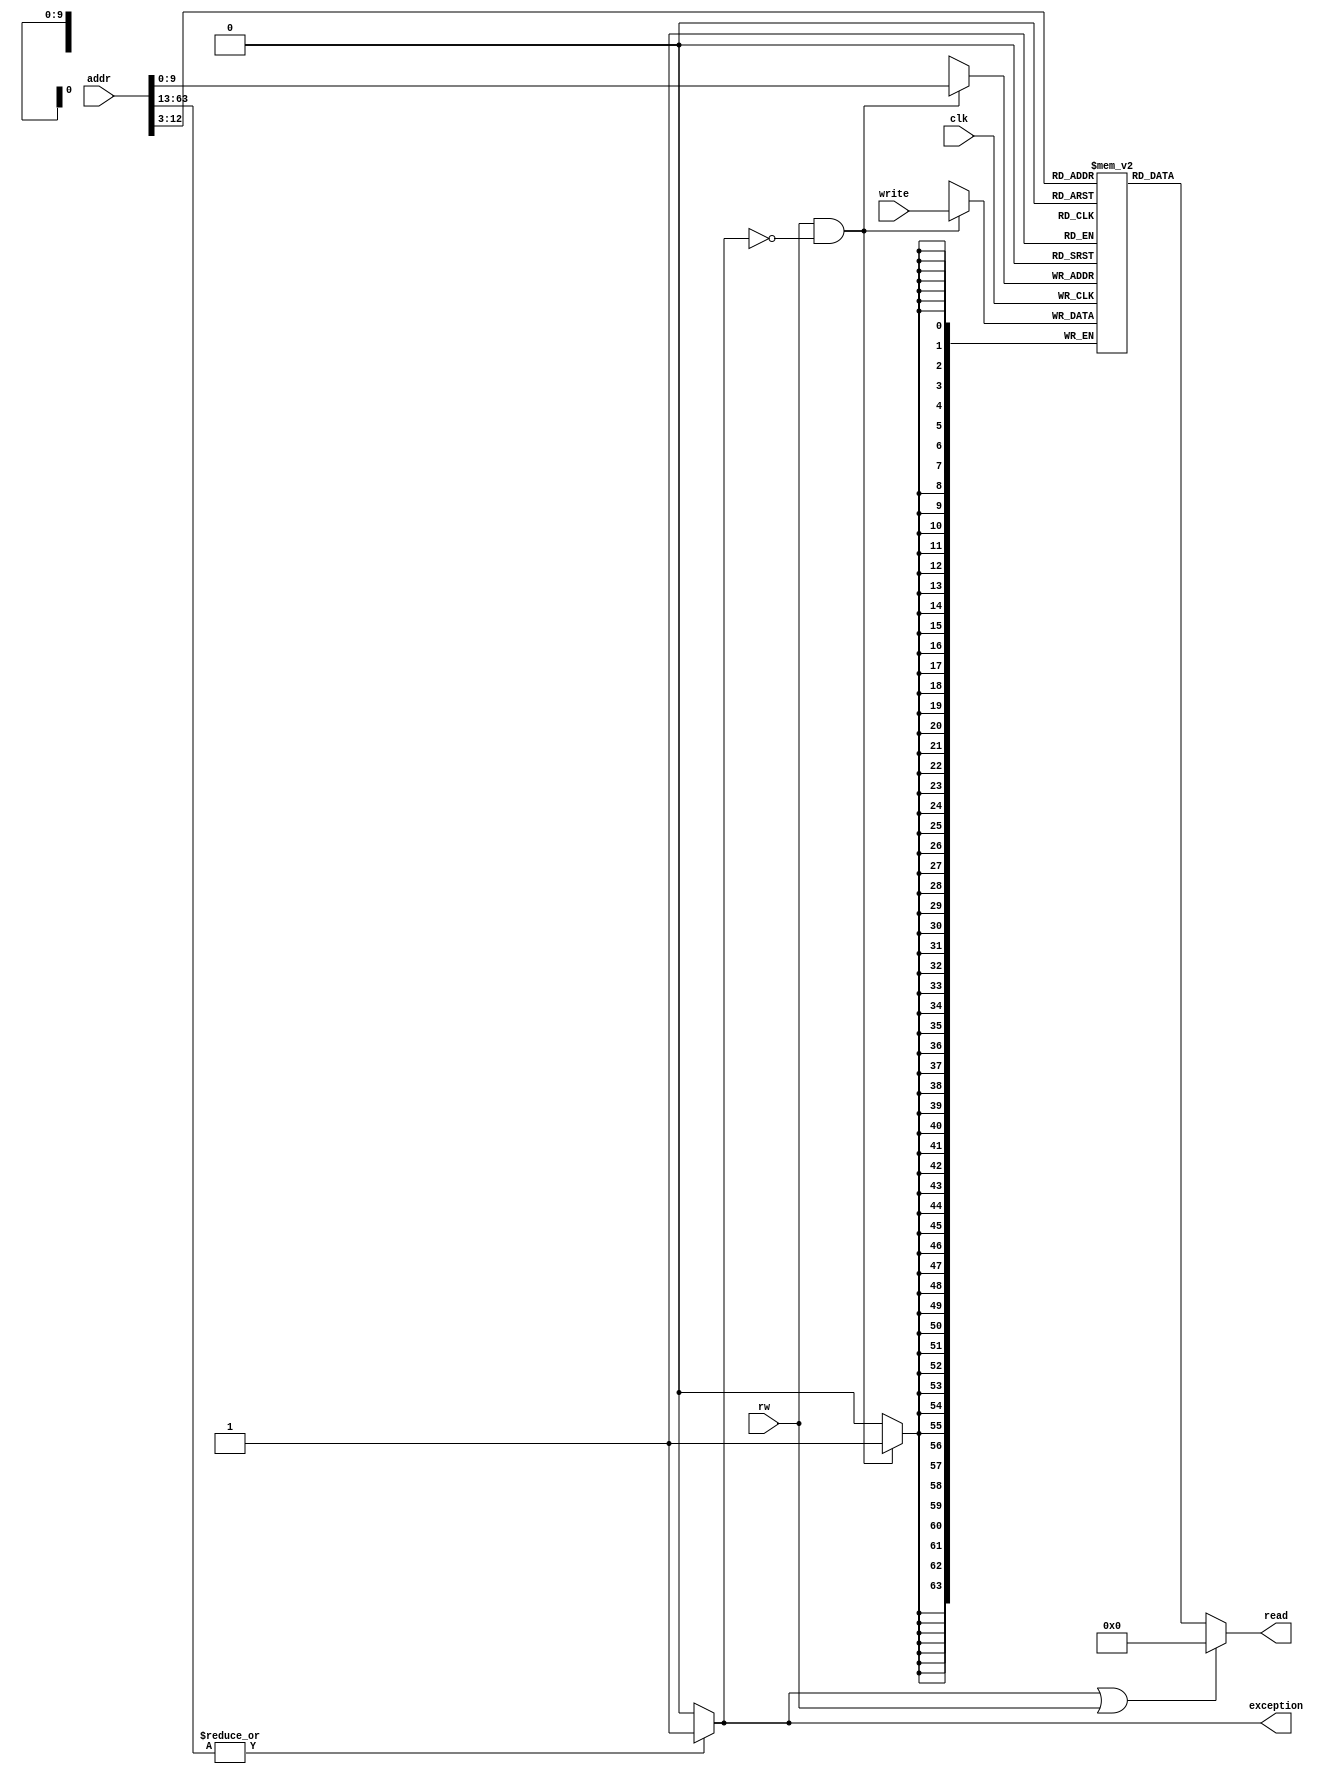
module ram_tb
 #(	parameter	ram_width = 12,
	parameter	bus_width = 3
 )
 (	input clk,
	input rw,
	input [63:0]	addr,
	output [63:0]		read,
	input [63:0] 		write,
	output exception
 );
	integer i;
	reg [63:0] ram_array [0:2**(ram_width - bus_width)];
	initial begin
		for(i=0; i<2**(ram_width - bus_width); i=i+1) begin
			ram_array[i]=0;
		end
		ram_array[0]=64'h0fc1059700100513;
		ram_array[1]=64'h00d0061300d00613;
		ram_array[2]=64'h0000007304000893;
		ram_array[3]=64'h05d0089300000513;
		ram_array[4]=64'h01c0006ffe042623;
	end
	
	assign read = exception | rw? 0: ram_array[addr >> bus_width]; //Each cell have 8 bytes
	assign exception = |addr[63:ram_width + 1]? 1: 0; //Checking out of range
	
	always @(posedge clk) begin
		if (rw & ~exception)
			ram_array[addr] <= write;
	end

endmodule